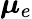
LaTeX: {\boldsymbol{\mu}}_{e}